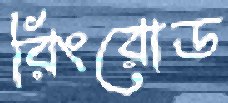
রিংরোড